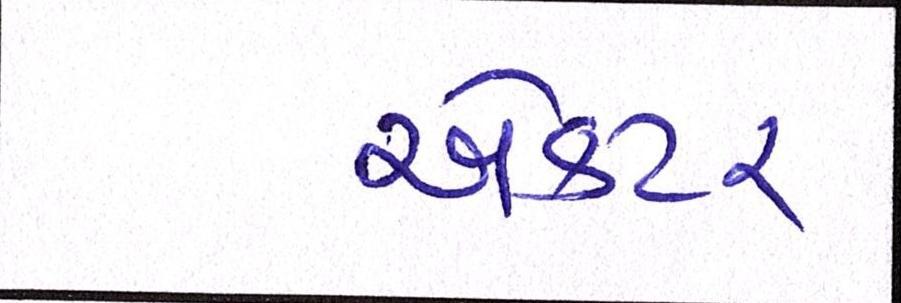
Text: એકટર